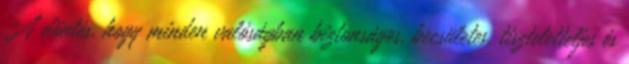
A döntés, hogy minden valóságban biztonságos, becsületes, tiszteletteljes és